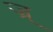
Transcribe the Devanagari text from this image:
ज्र्